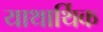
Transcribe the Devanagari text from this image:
याथार्थिक